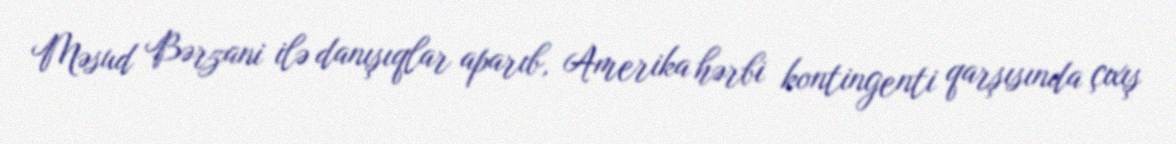
Məsud Bərzani ilə danışıqlar aparıb, Amerika hərbi kontingenti qarşısında çıxış